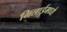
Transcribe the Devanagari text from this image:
भिलाईमध्ये